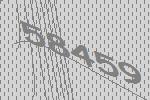
58459